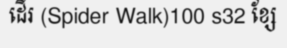
ដើរ (Spider Walk)100 s32 ខ្សែ